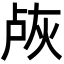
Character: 𬊐